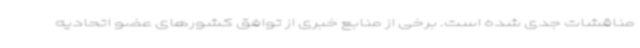
مناقشات جدی شده است. برخی از منابع خبری از توافق کشورهای عضو اتحادیه